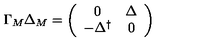
\Gamma _ { M } \Delta _ { M } = \left( \begin{array} { c c } { 0 } & { \Delta } \\ { - \Delta ^ { \dagger } } & { 0 } \\ \end{array} \right)